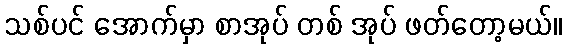
သစ်ပင် အောက်မှာ စာအုပ် တစ် အုပ် ဖတ်တော့မယ်။